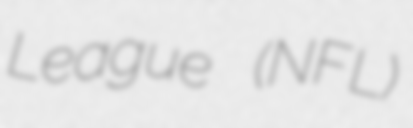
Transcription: League (NFL)